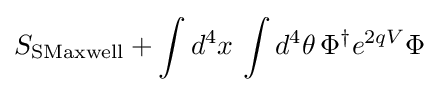
S_{\text{SMaxwell}}+\int d^{4}x\,\int d^{4}\theta \,\Phi ^{\dagger }e^{2qV}\Phi